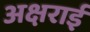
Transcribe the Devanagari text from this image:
अक्षराई